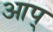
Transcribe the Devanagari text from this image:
आप्